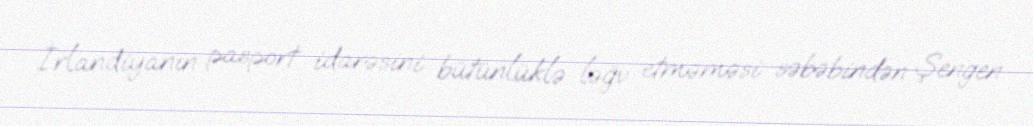
İrlandiyanın pasport idarəsini bütünlüklə ləğv etməməsi səbəbindən Şengen